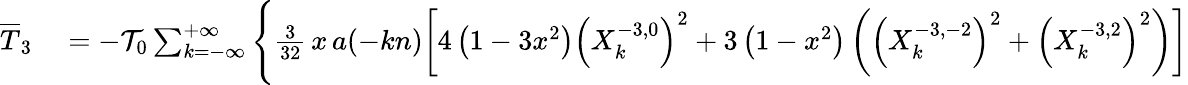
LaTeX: \begin{array}{rl}{\overline{T}_{3}}&{{}=-{\cal T}_{0}\sum_{k=-\infty}^{+\infty}\Bigg\{ \frac{3}{32}\, x\, a(-kn)\bigg[4\left(1-3x^{2}\right)\left(X_{k}^{-3,0}\right)^{2}+3\left(1-x^{2}\right)\left(\left(X_{k}^{-3,-2}\right)^{2}+\left(X_{k}^{-3,2}\right)^{2}\right)\bigg]}\end{array}